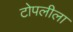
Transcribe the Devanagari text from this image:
टोपलीला